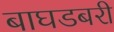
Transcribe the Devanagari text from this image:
बाघडबरी